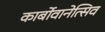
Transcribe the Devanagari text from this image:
कार्बोवानेत्सिव